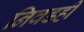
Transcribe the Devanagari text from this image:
निवडही